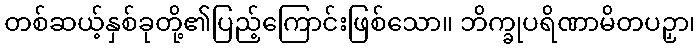
တစ်ဆယ့်နှစ်ခုတို့၏ပြည့်ကြောင်းဖြစ်သော။ ဘိက္ခုပရိဏာမိတပဉှာ၊